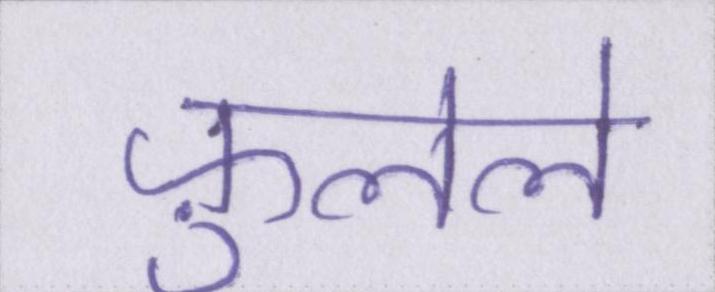
फ़ुलेले